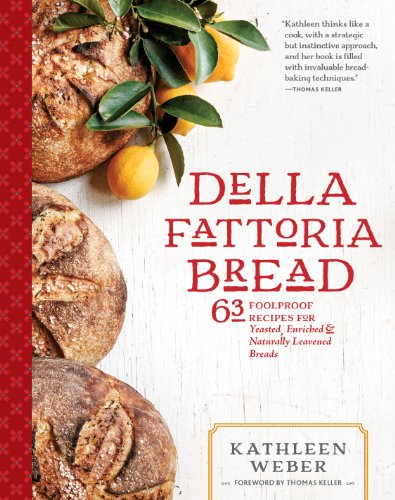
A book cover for Della Fattoria Bread: 63 Foolproof Recipes for Yeasted, Enriched & Naturally Leavened Breads; Kathleen Weber; Cookbooks, Food & Wine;